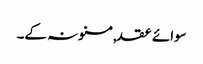
سوائے عقد,مسنونہ کے۔